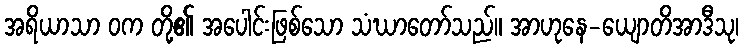
အရိယာသာ ဝက တို့၏ အပေါင်းဖြစ်သော သံဃာတော်သည်။ အာဟုနေ-ယျောတိအာဒီသု၊